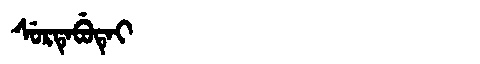
Manchu: ᠰᡠᡵᡨᡝᠪᡠᡨᡝᡳ
Romanization: SURTEBUTEI